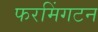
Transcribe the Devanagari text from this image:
फरमिंगटन